38_143685_box_Incident_Summaries_173-233
Agency: Department of War
Page 8
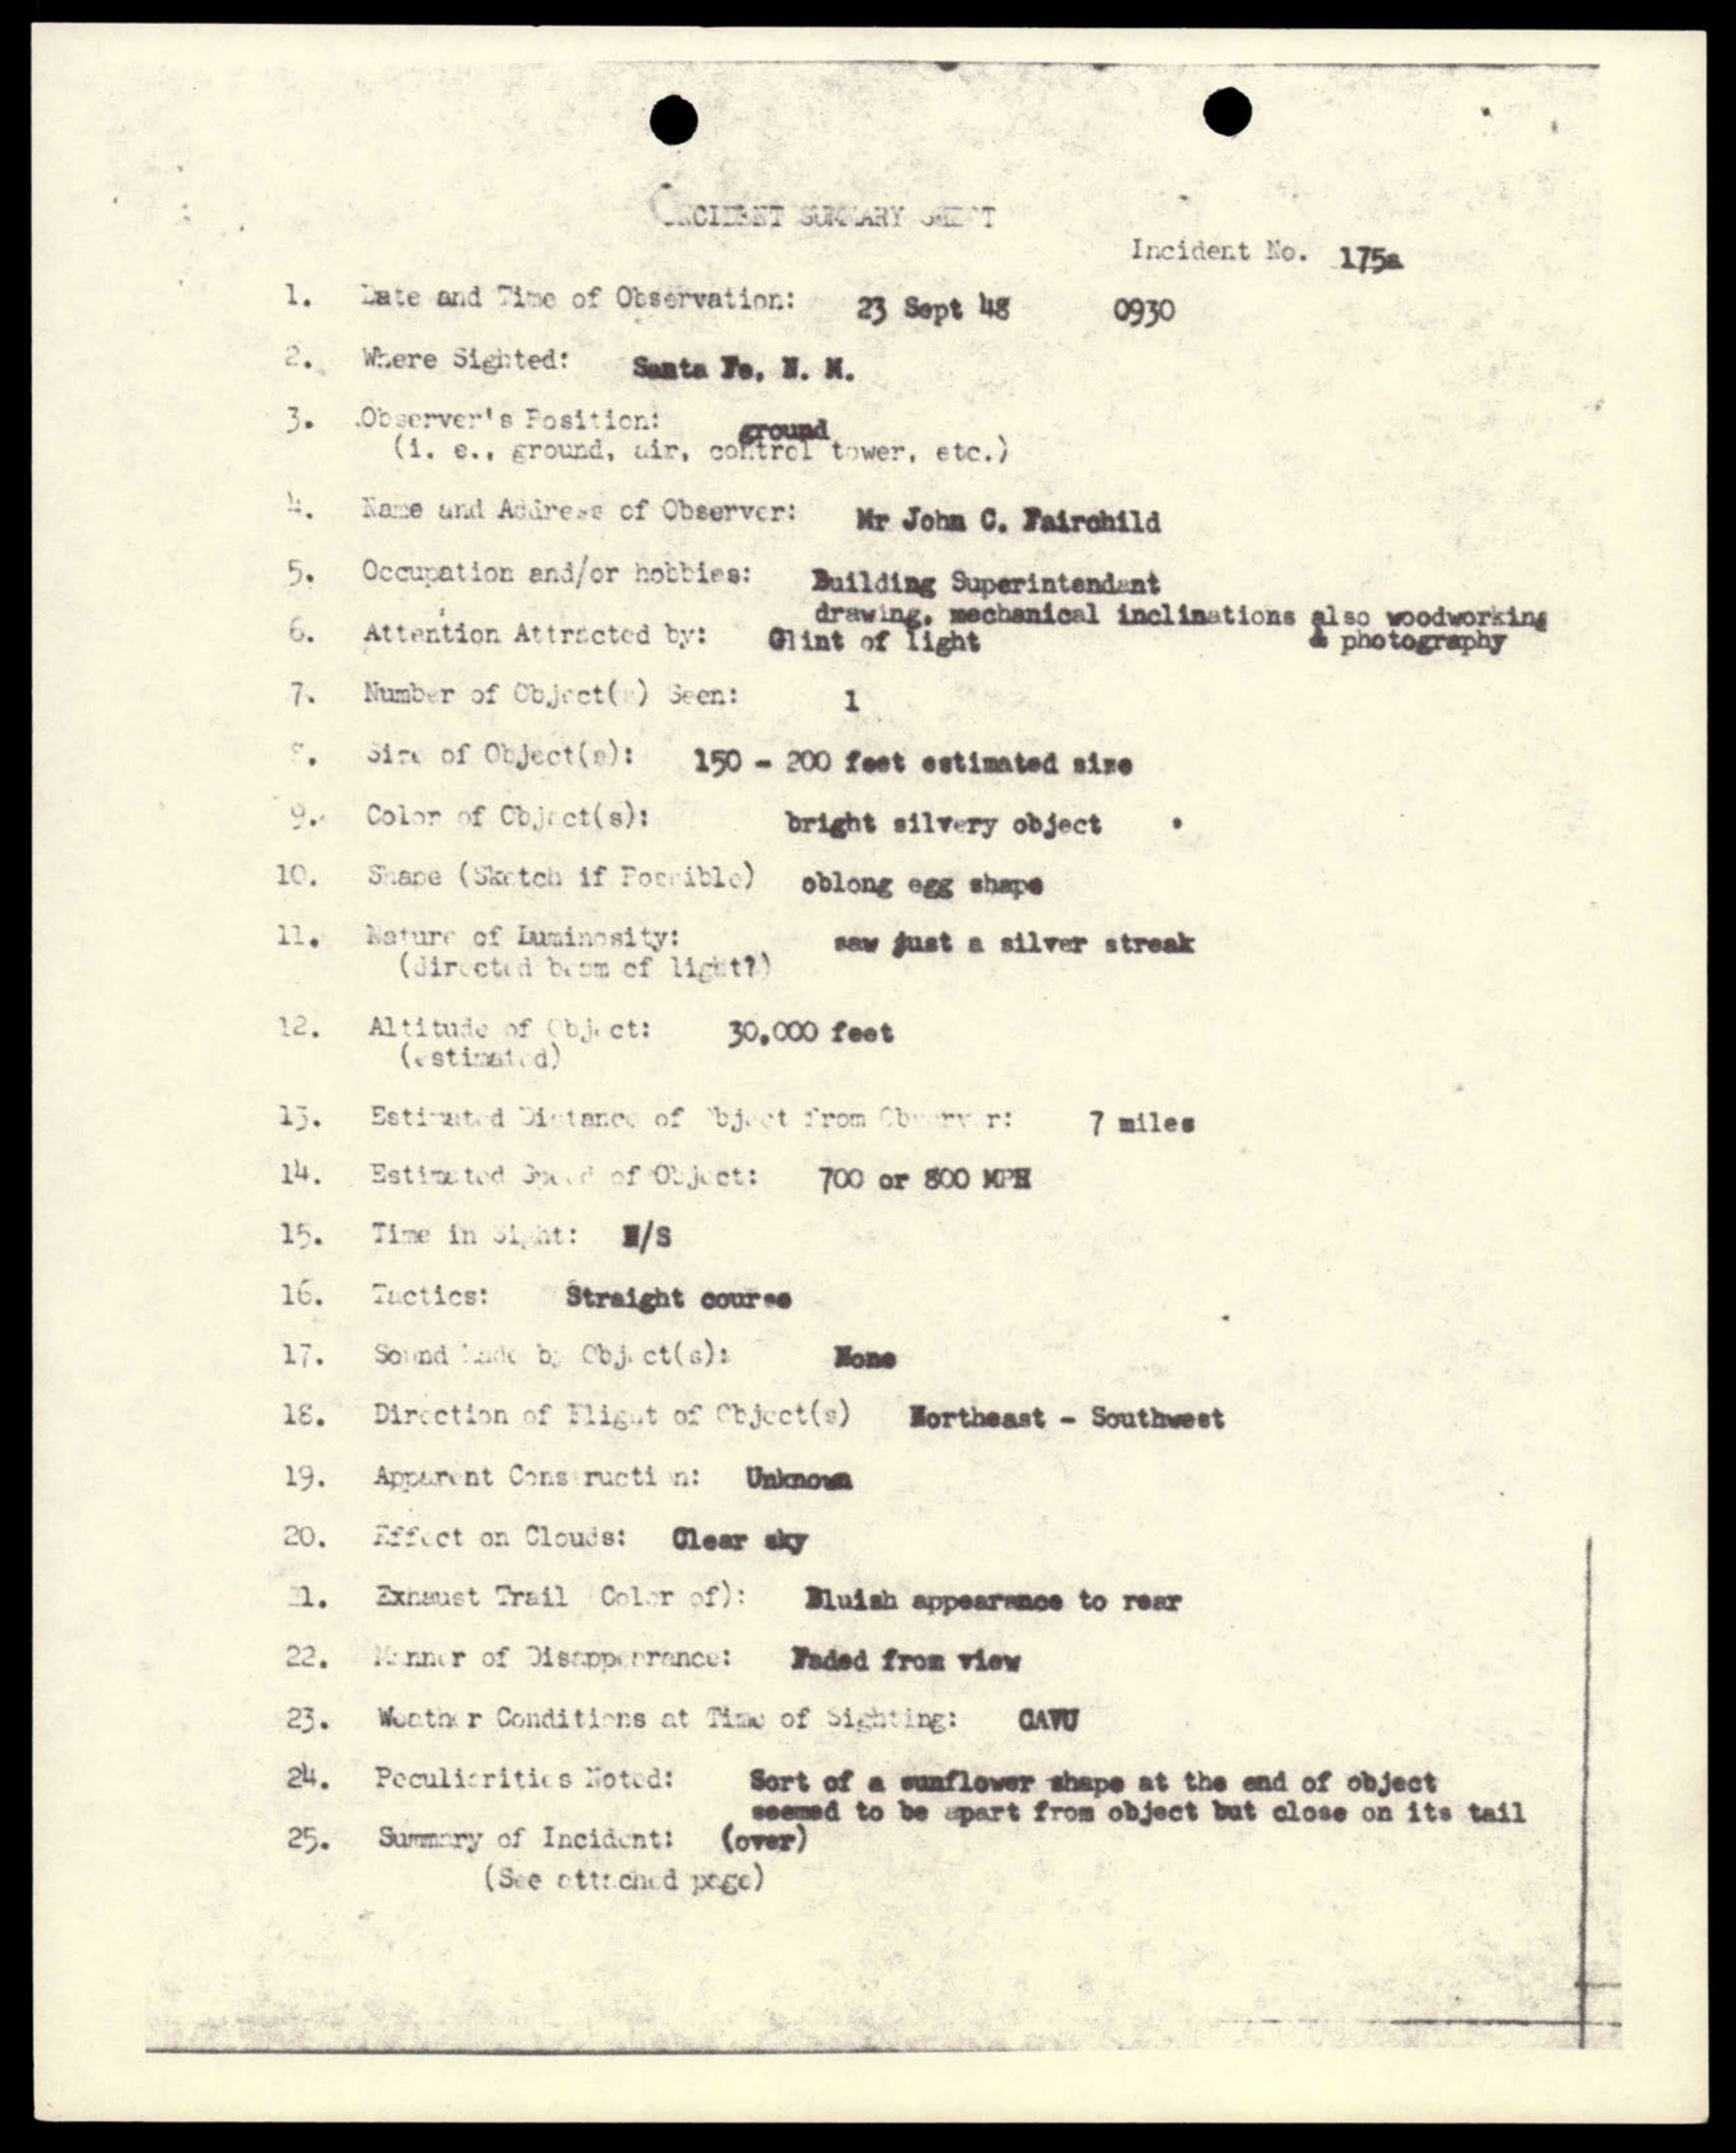